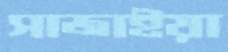
সাজাইয়া